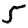
Digit: 5